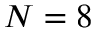
N = 8